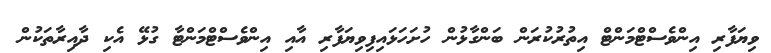
ވިޔަފާރި އިންވެސްޓްމަންޓް އިތުރުކުރަން ބަންގާޅުން ހުށަހަޅައިފިވިޔަފާރި އާއި އިންވެސްޓްމަންޓާ ގުޅޭ އެކި ދާއިރާތަކުން